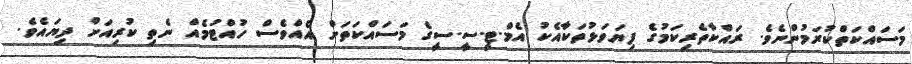
މަސައްކަތްކުރަމުންނެވެ. ރައްކާތެރިކަމުގެ ފިޔަވަޅުތަކާއެކު އެމް.ޓީ.ސީ.ސީގެ މަސައްކަތަށް އެއްވެސް ހުއްޓުމެއް ނެތި ކުރިއަށް ދިޔައެވެ.